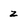
Character: z